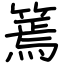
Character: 篶